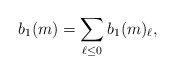
\begin{align*}b_1(m) = \sum_{\ell \leq 0} b_1(m)_{\ell},\end{align*}